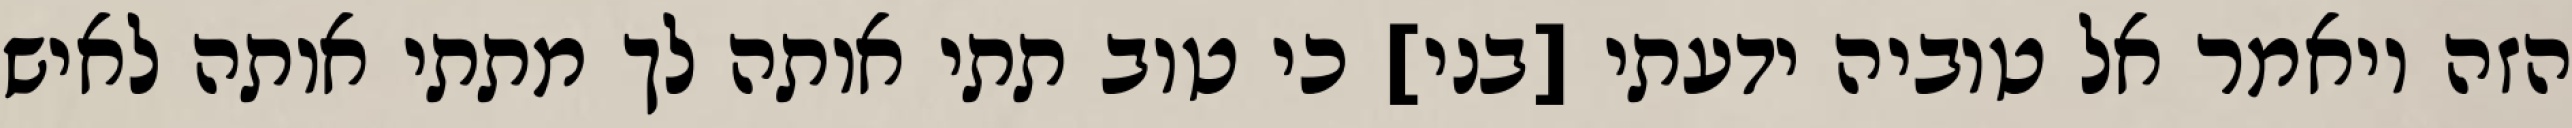
הזה ויאמר אל טוביה ידעתי [בני] כי טוב תתי אותה לך מתתי אותה לאיש